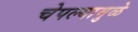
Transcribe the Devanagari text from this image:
चेपल्यामुळे